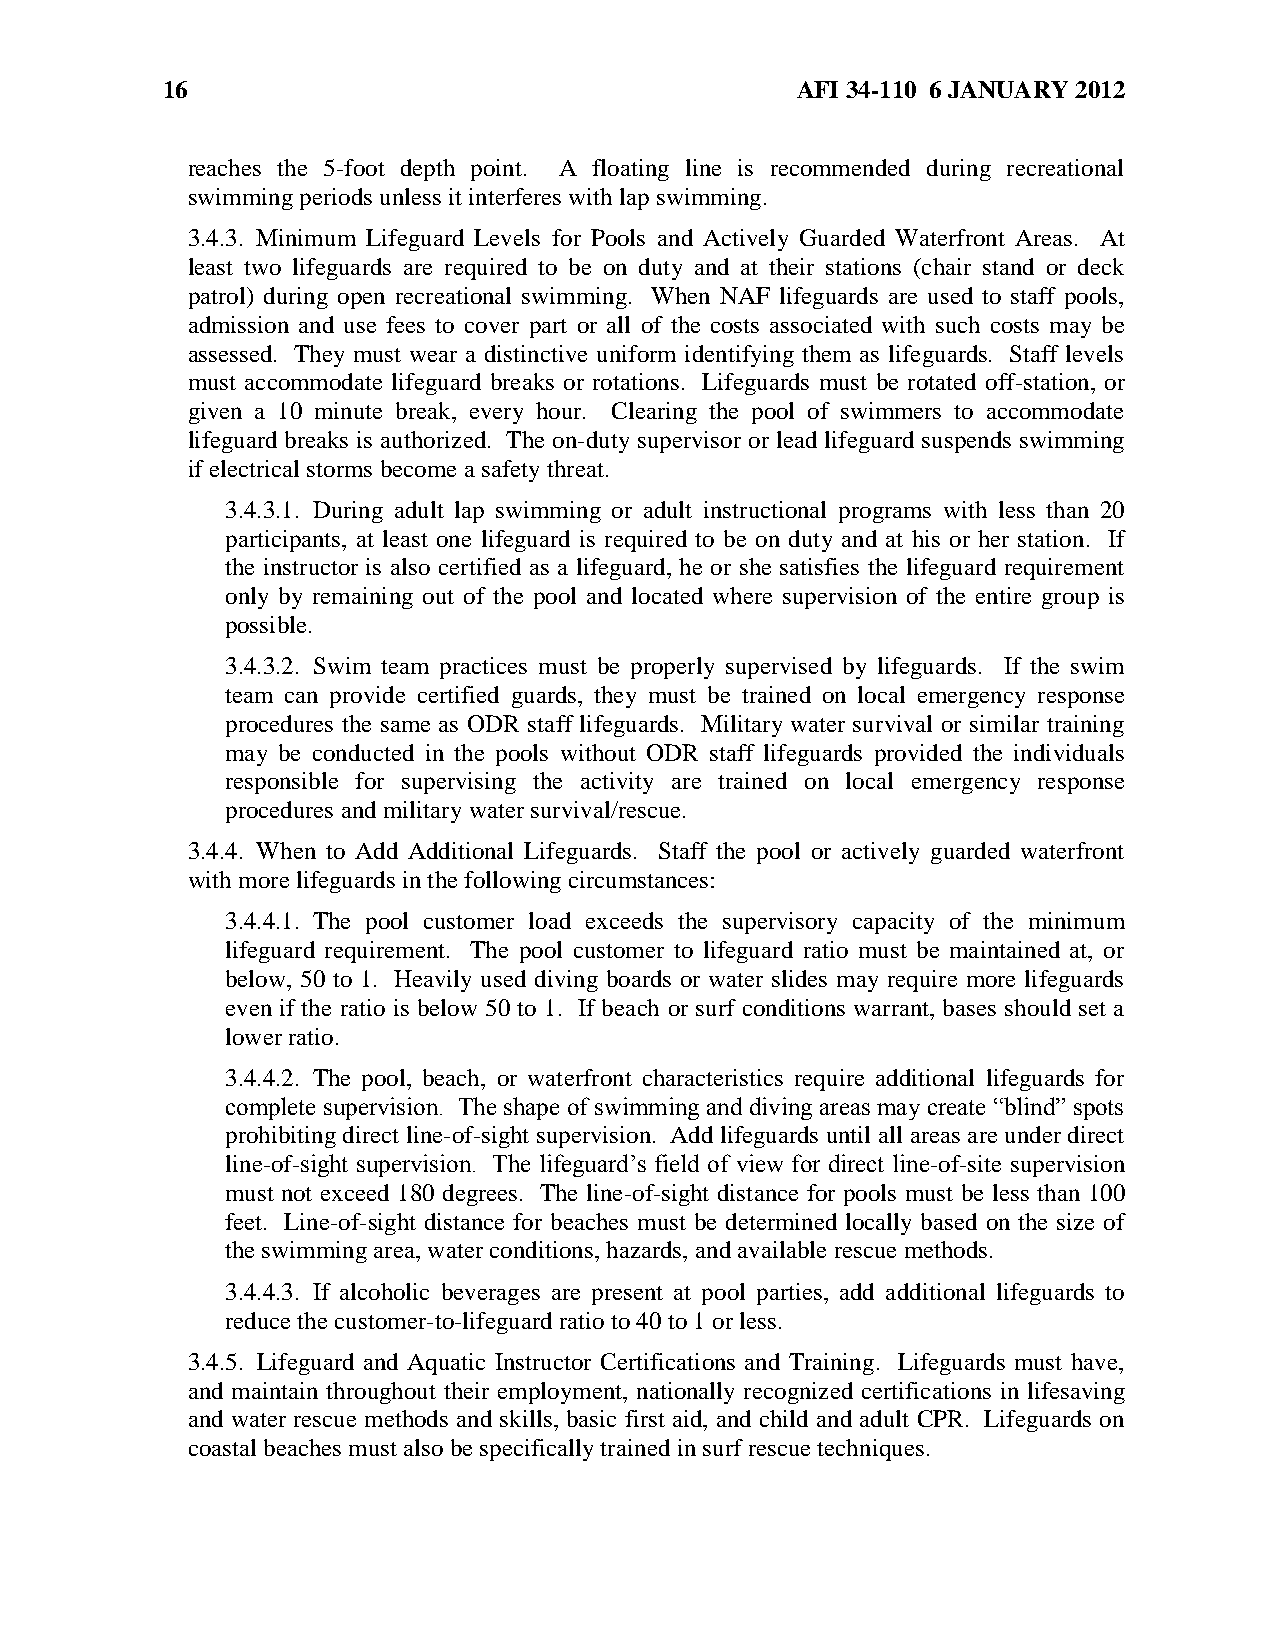
16                                        AFI 34-110 6 JANUARY 2012
 reaches the 5-foot depth point. A floating line is recommended during recreational
 swimming periods unless it interferes with lap swimming.
 3.4.3. Minimum Lifeguard Levels for Pools and Actively Guarded Waterfront Areas. At
 least two lifeguards are required to be on duty and at their stations (chair stand or deck
 patrol) during open recreational swimming. When NAF lifeguards are used to staff pools,
 admission and use fees to cover part or all of the costs associated with such costs may be
 assessed. They must wear a distinctive uniform identifying them as lifeguards. Staff levels
 must accommodate lifeguard breaks or rotations. Lifeguards must be rotated off-station, or
 given a 10 minute break, every hour. Clearing the pool of swimmers to accommodate
 lifeguard breaks is authorized. The on-duty supervisor or lead lifeguard suspends swimming
 if electrical storms become a safety threat.
 3.4.3.1. During adult lap swimming or adult instructional programs with less than 20
 participants, at least one lifeguard is required to be on duty and at his or her station. If
 the instructor is also certified as a lifeguard, he or she satisfies the lifeguard requirement
 only by remaining out of the pool and located where supervision of the entire group is
 possible.
 3.4.3.2. Swim team practices must be properly supervised by lifeguards. If the swim
 team can provide certified guards, they must be trained on local emergency response
 procedures the same as ODR staff lifeguards. Military water survival or similar training
 may be conducted in the pools without ODR staff lifeguards provided the individuals
 responsible for supervising the activity are trained on local emergency response
 procedures and military water survival/rescue.
 3.4.4. When to Add Additional Lifeguards. Staff the pool or actively guarded waterfront
 with more lifeguards in the following circumstances:
 3.4.4.1. The pool customer load exceeds the supervisory capacity of the minimum
 lifeguard requirement. The pool customer to lifeguard ratio must be maintained at, or
 below, 50 to 1. Heavily used diving boards or water slides may require more lifeguards
 even if the ratio is below 50 to 1. If beach or surf conditions warrant, bases should set a
 lower ratio.
 3.4.4.2. The pool, beach, or waterfront characteristics require additional lifeguards for
 complete supervision. The shape of swimming and diving areas may create ―blind‖ spots
 prohibiting direct line-of-sight supervision. Add lifeguards until all areas are under direct
 line-of-sight supervision. The lifeguard’s field of view for direct line-of-site supervision
 must not exceed 180 degrees. The line-of-sight distance for pools must be less than 100
 feet. Line-of-sight distance for beaches must be determined locally based on the size of
 the swimming area, water conditions, hazards, and available rescue methods.
 3.4.4.3. If alcoholic beverages are present at pool parties, add additional lifeguards to
 reduce the customer-to-lifeguard ratio to 40 to 1 or less.
 3.4.5. Lifeguard and Aquatic Instructor Certifications and Training. Lifeguards must have,
 and maintain throughout their employment, nationally recognized certifications in lifesaving
 and water rescue methods and skills, basic first aid, and child and adult CPR. Lifeguards on
 coastal beaches must also be specifically trained in surf rescue techniques.